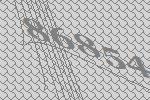
86854